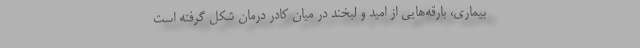
بیماری، بارقه‌هایی از امید و لبخند در میان کادر درمان شکل گرفته است